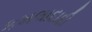
કમલાદાદી